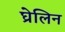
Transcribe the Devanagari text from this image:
घ्रेलिन